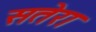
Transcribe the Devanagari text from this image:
सतेरा